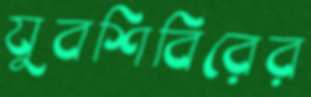
যুবশিবিরের